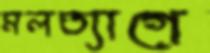
মলত্যাগে